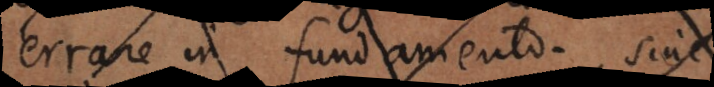
errare in fundamento. Sive